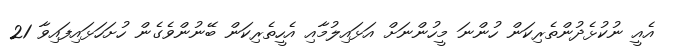
އެއީ ނުކުޅެދުންތެރިކަން ހުންނަ މީހުންނަށް އަޅައިލުމާއި އެހީތެރިކަން ބޭނުންވެގެން ހުށަހަޅައިފައިވާ 21